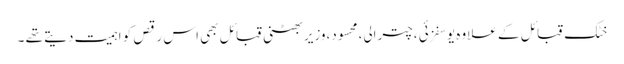
خٹک قبائل کے علاوہ یوسفزئی ،چترالی،محسود،وزیر بھٹنی قبائل بھی اس رقص کو اہمیت دیتے تھے ۔